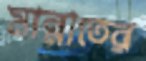
মান্নাতের